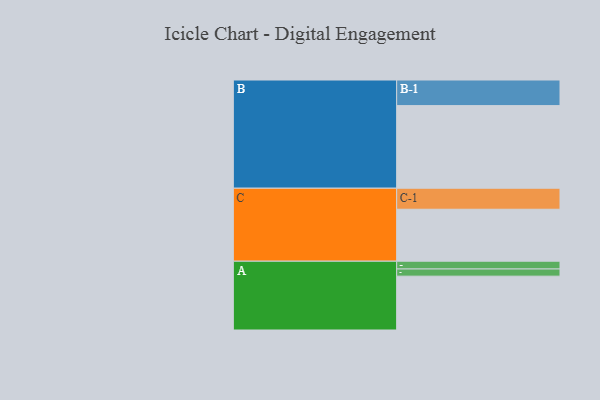
{"axis": {"x": "Segment", "y": "Value"}, "legend": ["", "A", "B", "C"], "data": [{"x": "A", "y": 374, "type": ""}, {"x": "B", "y": 574, "type": ""}, {"x": "C", "y": 361, "type": ""}, {"x": "A-1", "y": 50, "type": "A"}, {"x": "A-2", "y": 54, "type": "A"}, {"x": "B-1", "y": 178, "type": "B"}, {"x": "C-1", "y": 146, "type": "C"}]}